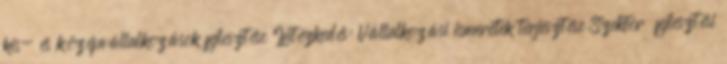
kis- és középvállalkozások fejlesztése Intézkedés: Vállalkozási ismeretek terjesztése Szektor fejlesztési